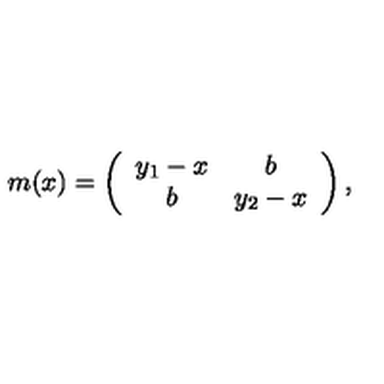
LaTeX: m ( x ) = \left( \begin{array} { c c } { y _ { 1 } - x } & { b } \\ { b } & { y _ { 2 } - x } \\ \end{array} \right) ,